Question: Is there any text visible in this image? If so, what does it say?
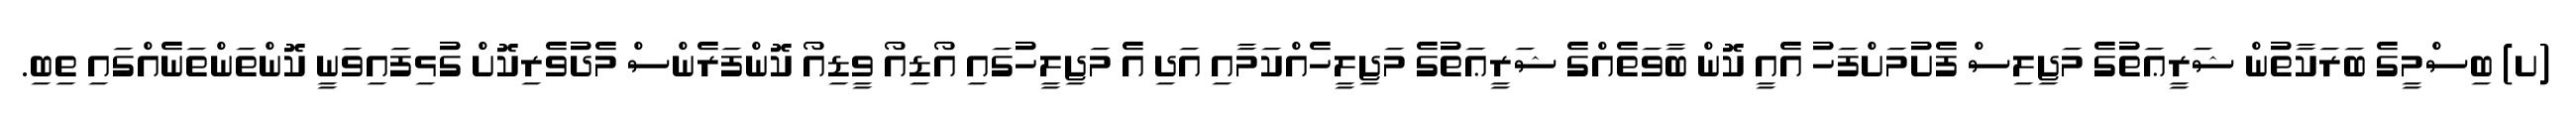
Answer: (ށ) ބިސްމީގެ ބަރަކާތުން ޝަރީޢަތުގެ މަޖިލިސް ފެށުމަށްފަހު އެއީ ކޮން ބާވަތެއްގެ ޝަރީޢަތުގެ މަޖިލީހެއްކަމާއި އަދި އެ މަޖިލީހުގައި އޯޑިއޯ ވީޑިއޯ ކޮންފަރެންސް މެދުވެރިކޮށް ގުޅިފައިވަނީ ކޮންތަންތަނެއްގައި ތިބި.